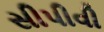
સીપીવી